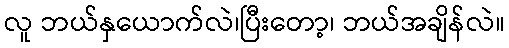
လူ ဘယ်နှယောက်လဲ၊ပြီးတော့၊ ဘယ်အချိန်လဲ။